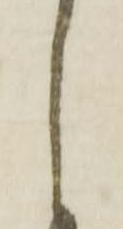
し